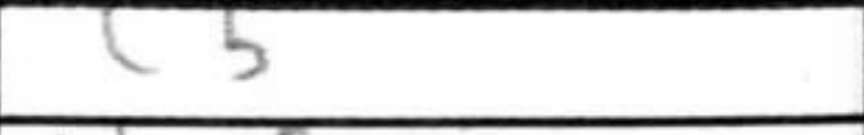
Transcription: c5